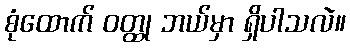
စုံထောက် ဝတ္ထု ဘယ်မှာ ရှိပါသလဲ။